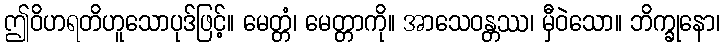
ဤဝိဟရတိဟူသောပုဒ်ဖြင့်။ မေတ္တံ၊ မေတ္တာကို။ အာသေဝန္တဿ၊ မှီဝဲသော။ ဘိက္ခုနော၊